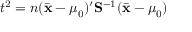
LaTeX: t ^ { 2 } = n ( { \bar { \mathbf { x } } } - { { \boldsymbol { \mu } } _ { 0 } } ) ^ { \prime } { \mathbf { S } } ^ { - 1 } ( { \bar { \mathbf { x } } } - { { \boldsymbol { \mu } } _ { 0 } } )